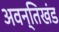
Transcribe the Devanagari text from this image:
अवन्तिखंड